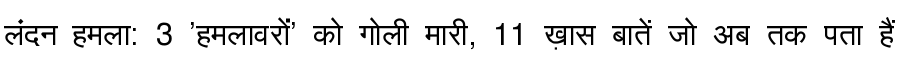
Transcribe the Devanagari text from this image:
लंदन हमला: 3 'हमलावरों' को गोली मारी, 11 ख़ास बातें जो अब तक पता हैं